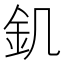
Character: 釠